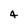
Character: 4